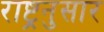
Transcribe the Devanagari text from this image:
राष्ट्रनुसार